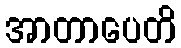
အာတာပေတိ